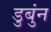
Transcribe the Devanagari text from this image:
डुबुंन